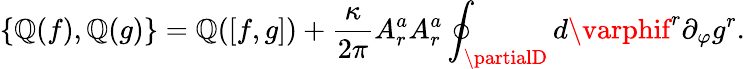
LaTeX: \{ \mathbb{Q}(f),\mathbb{Q}(g)\} =\mathbb{Q}([f,g])+\frac{{\kappa}}{{2\pi}}A_{r}^{a}A_{r}^{a}\oint_{\partialD}d\varphif^{r}\partial_{\varphi}g^{r}.